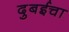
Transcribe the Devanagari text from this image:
दुबईचा